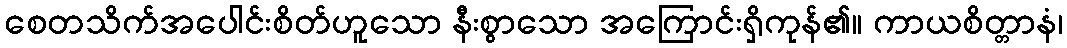
စေတသိက်အပေါင်းစိတ်ဟူသော နီးစွာသော အကြောင်းရှိကုန်၏။ ကာယစိတ္တာနံ၊